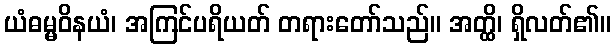
ယံဓမ္မဝိနယံ၊ အကြင်ပရိယတ် တရားတော်သည်။ အတ္ထိ၊ ရှိလတ်၏။